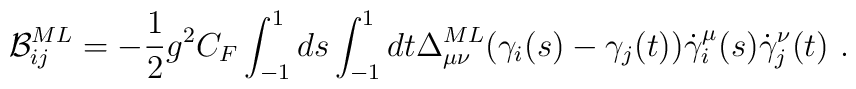
{\cal B}_{ij}^{ML}=-{1\over 2}g^2 C_F \int_{-1}^1 ds \int_{-1}^1 dt \Delta_{\mu\nu}^{ML}(\gamma_i (s)- \gamma_j(t)) \dot \gamma^\mu_i (s)\dot \gamma^\nu_j (t)\ .